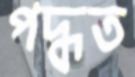
পদ্ধত